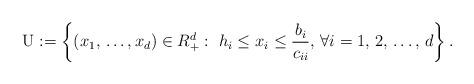
LaTeX: \begin{align*}\mathrm{U}:=\left\{ \left( x_{1},\thinspace \mathellipsis ,x_{d} \right)\in R_{+}^{d}:\thinspace \thinspace h_{i}\le x_{i}\le \frac{b_{i}}{c_{ii}},\thinspace \forall i=1,\thinspace 2,\thinspace \mathellipsis ,\thinspace d \right\}.\end{align*}